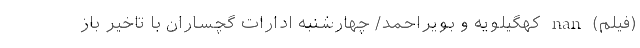
(فیلم) nan کهگیلویه و بویراحمد/ چهارشنبه ادارات گچساران با تاخیر باز